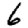
Digit: 6